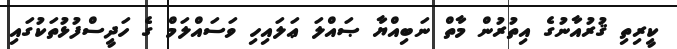
ކީރިތި ޤުރުއާނުގެ އިތުރުން މާތް ނަބިއްޔާ ޞައްލަ ޢަލައިހި ވަސައްލަމް ގެ ހަދީސްފުޅުތަކުގައި